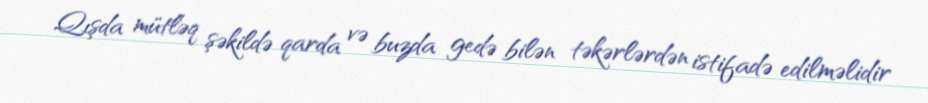
Qışda mütləq şəkildə qarda və buzda gedə bilən təkərlərdən istifadə edilməlidir